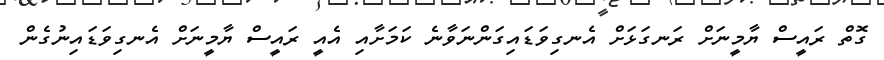
ގޮތް ރައީސް ޔާމީނަށް ރަނގަޅަށް އެނގިވަޑައިގަންނަވާނެ ކަމަށާއި އެއީ ރައީސް ޔާމީނަށް އެނގިވަޑައިނުގެން